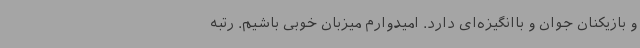
و بازیکنان جوان و باانگیزه‌ای دارد. امیدوارم میزبان خوبی باشیم. رتبه